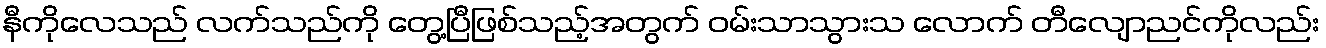
နီကိုလေသည် လက်သည်ကို တွေ့ပြီဖြစ်သည့်အတွက် ဝမ်းသာသွားသ လောက် တီလျောညင်ကိုလည်း